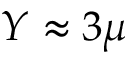
Y \approx 3 \mu